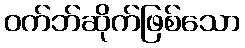
ဝက်ဘ်ဆိုက်ဖြစ်သော